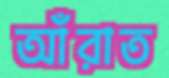
আঁরাত